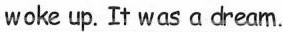
woke up. It was a dream.